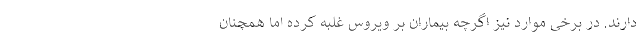
دارند. در برخی موارد نیز اگرچه بیماران بر ویروس غلبه کرده اما همچنان